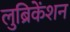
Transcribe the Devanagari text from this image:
लुब्रिकेंशन